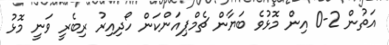
އަތުން 2-0 އިން މޮޅުވެ ބަޔާން ޗެމްޕިއަންކަން ހޯދިއިރު ރިބެރީ ވަނީ މޮޅު